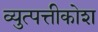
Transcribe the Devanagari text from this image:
व्युत्पत्तीकोश